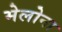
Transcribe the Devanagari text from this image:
मेलोना